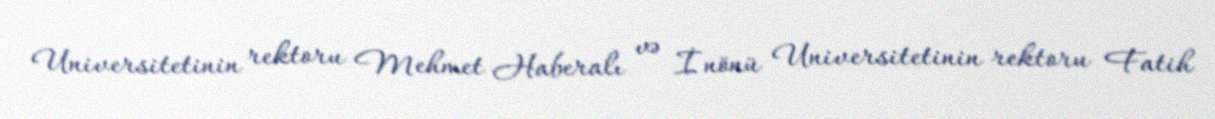
Universitetinin rektoru Mehmet Haberalı və İnönü Universitetinin rektoru Fatih